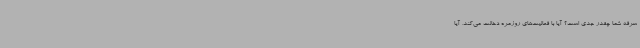
سرفه شما چقدر جدی است؟ آیا با فعالیت‌های روزمره دخالت می‌کند، آیا